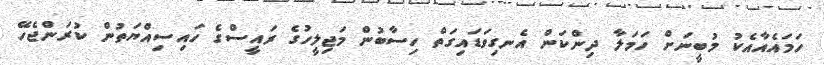
ހަމައެއާއެކު މުބީނަށް ހަމަލާ ދިންކަން އެނގިވަޑައިގަތް ހިސާބުން މަޖިލީހުގެ ރައީސްގެ ހައިސިއްޔަތުން ކުރަންޖެހޭ